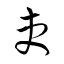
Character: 吏